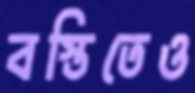
বস্তিতেও